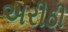
અરીઠી